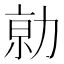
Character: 𠡽